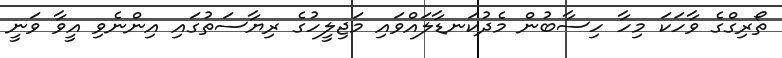
ތޯރިގްގެ ވާހަކަ މިހާ ހިސާބުން މެދުކަނޑާލައްވައި މަޖިލީހުގެ ރިޔާސަތުގައި އިންނެވި އީވާ ވަނީ